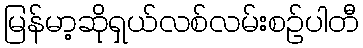
မြန်မာ့ဆိုရှယ်လစ်လမ်းစဉ်ပါတီ